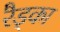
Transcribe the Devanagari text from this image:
रैड्का